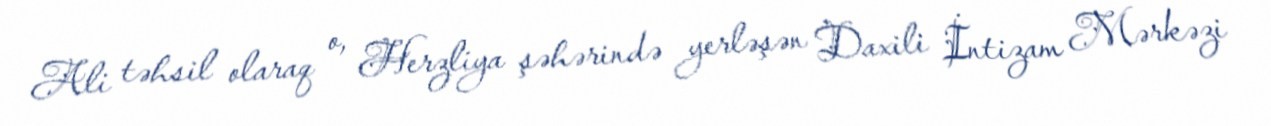
Ali təhsil olaraq o, Herzliya şəhərində yerləşən Daxili İntizam Mərkəzi